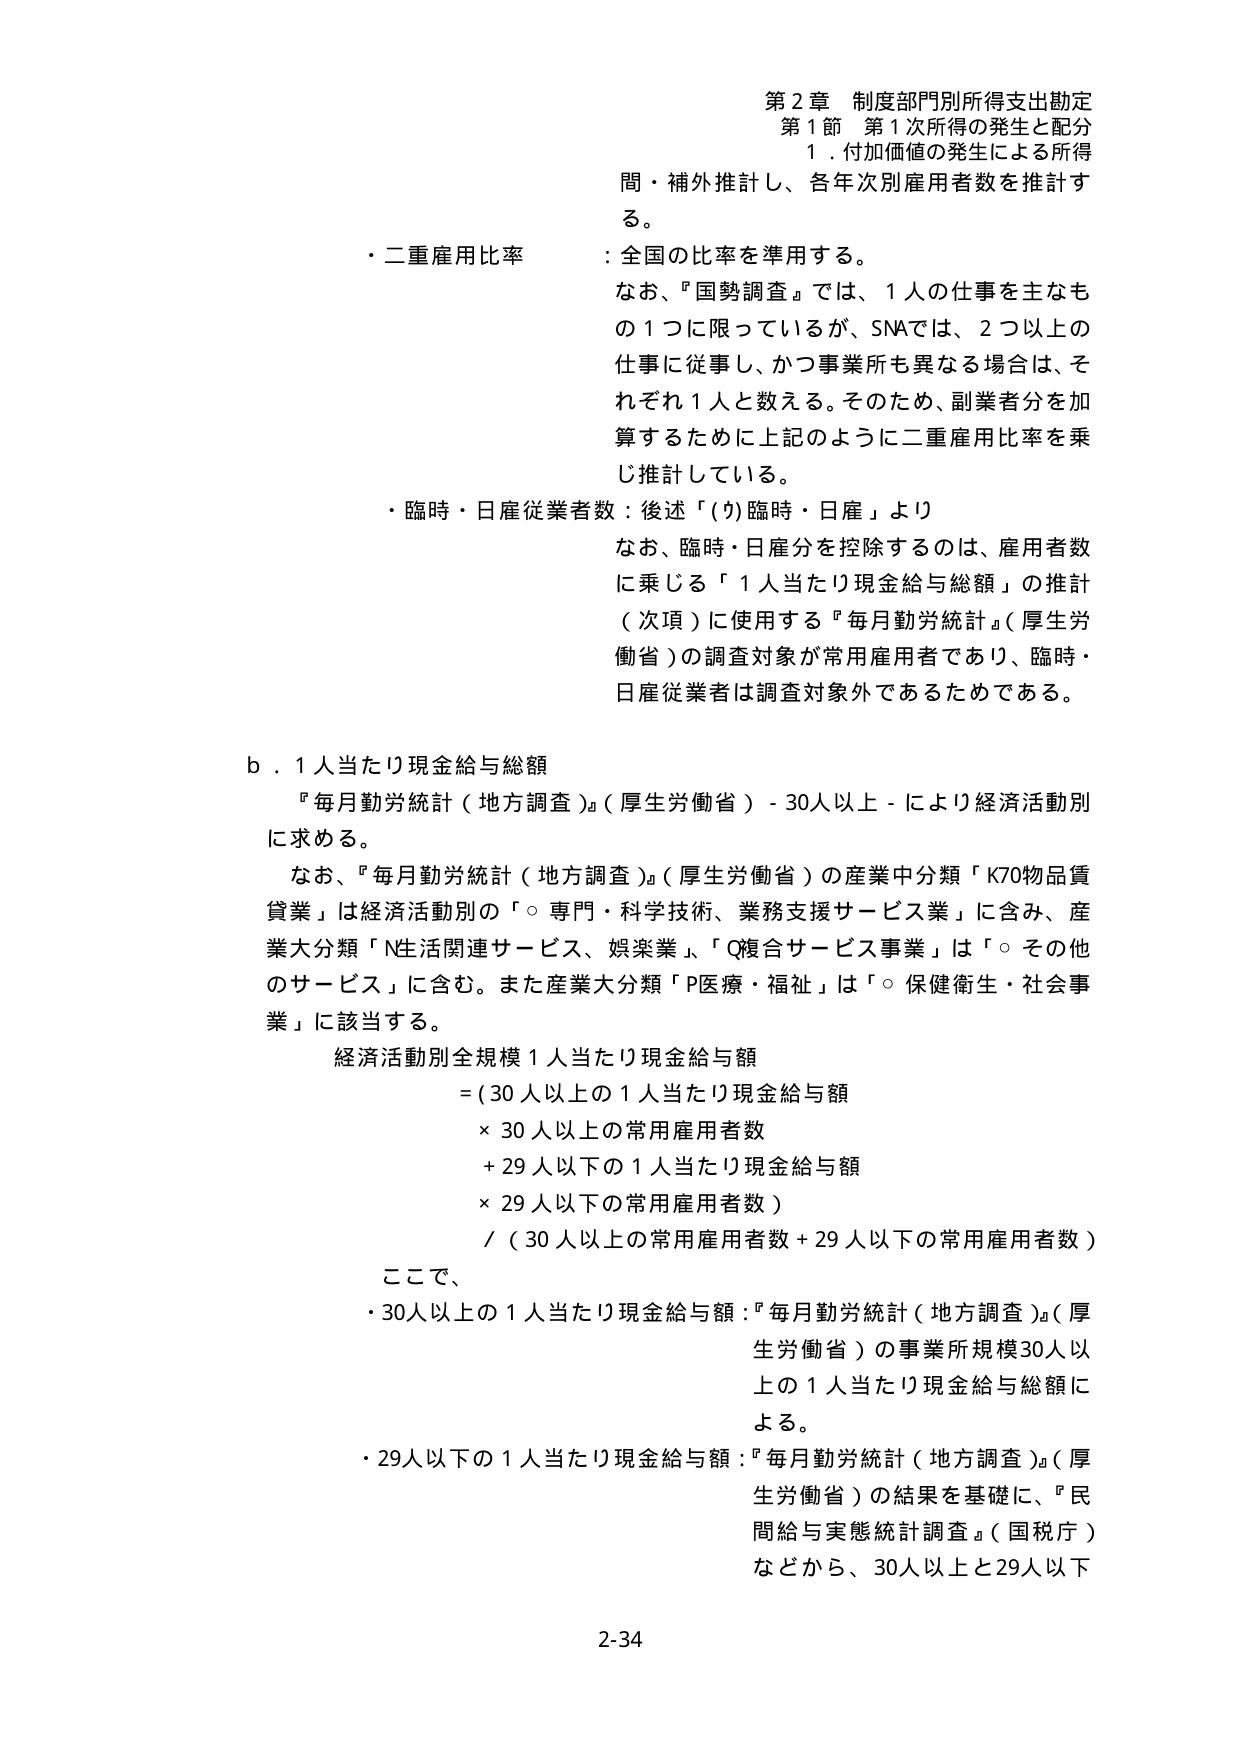
第2章 制度部門別所得支出勘定
第1節 第1次所得の発生と配分
1．付加価値の発生による所得
間・補外推計し、各年次別雇用者数を推計する。

・二重雇用比率：全国の比率を準用する。
なお、『国勢調査』では、1人の仕事を主なもの1つに限っているが、SNAでは、2つ以上の仕事に従事し、かつ事業所も異なる場合は、それぞれ1人と数える。そのため、副業者分を加算するために上記のように二重雇用比率を乗じ推計している。

・臨時・日雇従業者数：後述「(ウ)臨時・日雇」より
なお、臨時・日雇分を控除するのは、雇用者数に乗じる「1人当たり現金給与総額」の推計（次項）に使用する『毎月勤労統計』（厚生労働省）の調査対象が常用雇用者であり、臨時・日雇従業者は調査対象外であるためである。

b．1人当たり現金給与総額
『毎月勤労統計（地方調査）』（厚生労働省）-30人以上-により経済活動別に求める。

なお、『毎月勤労統計（地方調査）』（厚生労働省）の産業中分類「K70物品賃貸業」は経済活動別の「○専門・科学技術、業務支援サービス業」に含み、産業大分類「N生活関連サービス、娯楽業」、「Q複合サービス事業」は「○その他のサービス」に含む。また産業大分類「P医療・福祉」は「○保健衛生・社会事業」に該当する。

経済活動別全規模1人当たり現金給与額
= (30人以上の1人当たり現金給与額
× 30人以上の常用雇用者数
+ 29人以下の1人当たり現金給与額
× 29人以下の常用雇用者数)
/ (30人以上の常用雇用者数 + 29人以下の常用雇用者数)

ここで、
・30人以上の1人当たり現金給与額：『毎月勤労統計（地方調査）』（厚生労働省）の事業所規模30人以上の1人当たり現金給与総額による。
・29人以下の1人当たり現金給与額：『毎月勤労統計（地方調査）』（厚生労働省）の結果を基礎に、『民間給与実態統計調査』（国税庁）などから、30人以上と29人以下

2-34